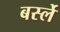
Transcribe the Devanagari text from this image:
बर्स्ले